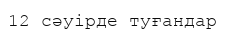
12 сәуірде туғандар